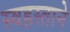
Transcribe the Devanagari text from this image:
स्वहस्ताने